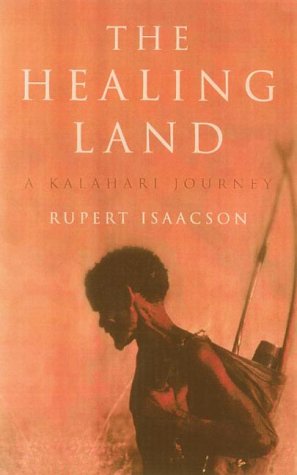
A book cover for The Healing Land: A Kalahari Journey; Rupert Isaacson; Travel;